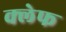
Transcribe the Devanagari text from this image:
क्लेफ